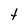
Character: t